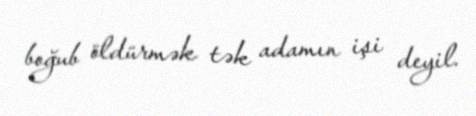
boğub öldürmək tək adamın işi deyil.